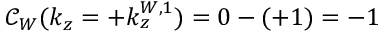
\mathcal { C } _ { W } ( k _ { z } = + k _ { z } ^ { W , 1 } ) = 0 - ( + 1 ) = - 1